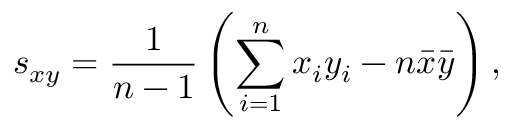
s _ { x y } = \frac { 1 } { n - 1 } \left( \sum _ { i = 1 } ^ { n } x _ { i } y _ { i } - n \bar { x } \bar { y } \right) ,